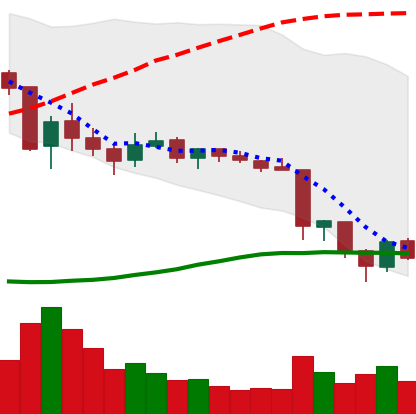
Ticker: TRX-USD
Chart end date: 2018-06-15
Forward return: 15.218%
Label: up_7plus